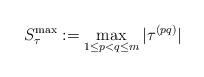
LaTeX: \begin{align*} S^{\max}_{\tau} := \max_{ 1\leq p < q \leq m} | \tau^{(pq)}|\end{align*}